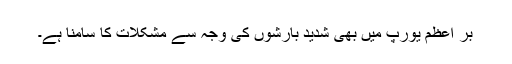
برّ اعظم یورپ میں بھی شدید بارشوں کی وجہ سے مشکلات کا سامنا ہے۔